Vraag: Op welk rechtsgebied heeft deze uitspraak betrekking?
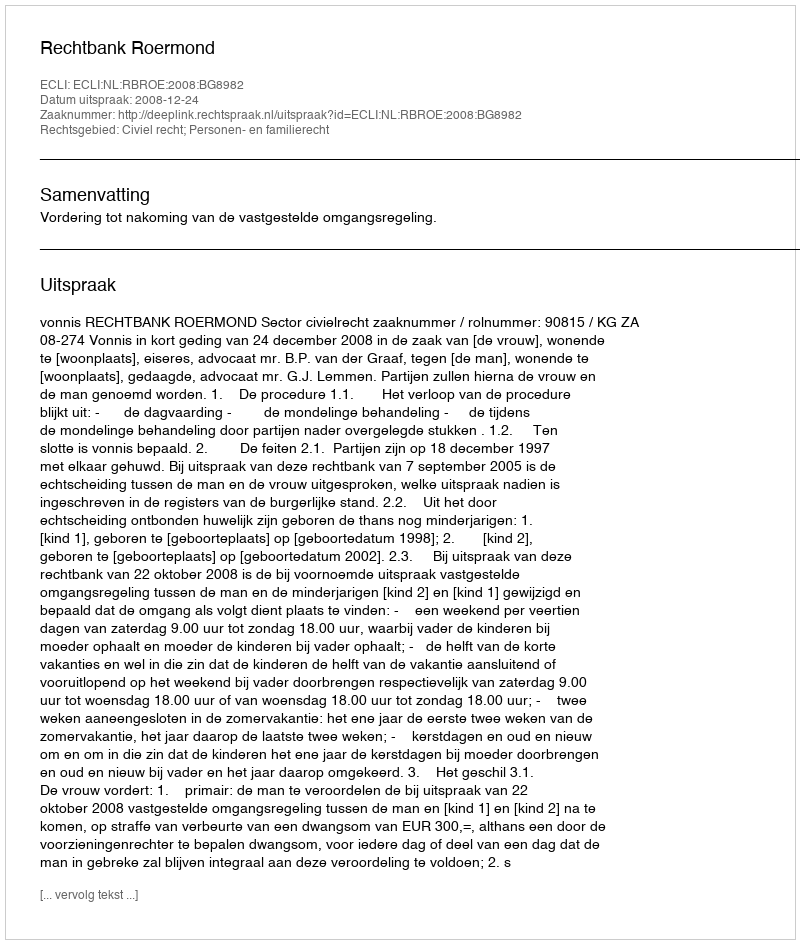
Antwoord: Civiel recht; Personen- en familierecht